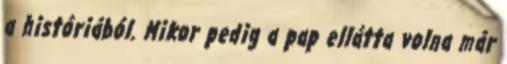
a históriából. Mikor pedig a pap ellátta volna már